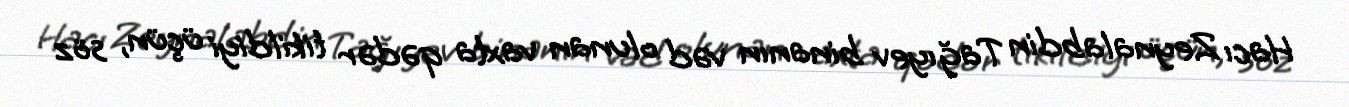
Hacı Zeynalabdin Tağıyev binanın vəd olunan vaxta qədər tikildiyi üçün, söz